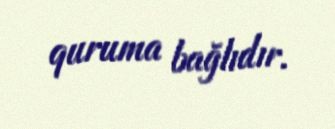
quruma bağlıdır.